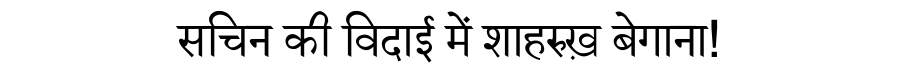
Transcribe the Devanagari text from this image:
सचिन की विदाई में शाहरुख़ बेगाना!